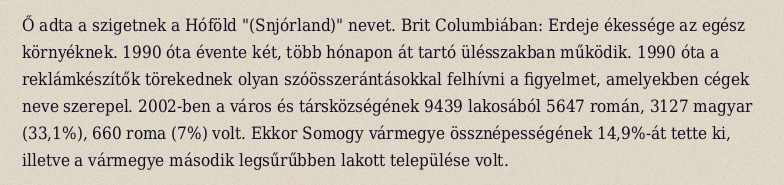
Ő adta a szigetnek a Hóföld "(Snjórland)" nevet. Brit Columbiában: Erdeje ékessége az egész környéknek. 1990 óta évente két, több hónapon át tartó ülésszakban működik. 1990 óta a reklámkészítők törekednek olyan szóösszerántásokkal felhívni a figyelmet, amelyekben cégek neve szerepel. 2002-ben a város és társközségének 9439 lakosából 5647 román, 3127 magyar (33,1%), 660 roma (7%) volt. Ekkor Somogy vármegye össznépességének 14,9%-át tette ki, illetve a vármegye második legsűrűbben lakott települése volt.